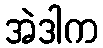
အဲဒါက